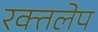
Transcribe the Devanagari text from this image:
रक्तलेप